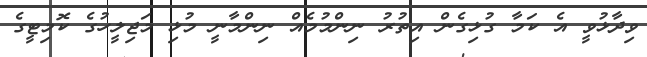
ވިދާޅުވީ އެ ކަމާ ގުޅިގެން އިތުރު ނިންމުމެއް ނިންމާނީ މުޅި މަޖިލީހުގެ ކޮމިޓީގެ